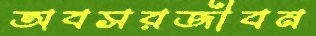
অবসরজীবন